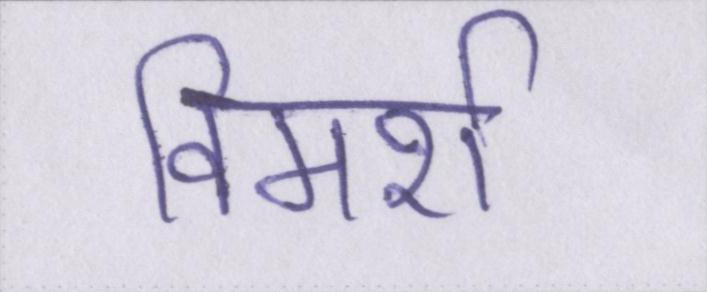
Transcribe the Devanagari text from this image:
विमर्श